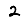
Digit: 2